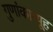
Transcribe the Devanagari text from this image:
गुणांकाव्यूह